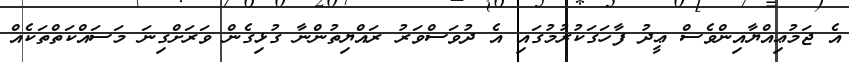
އެ ޖަމުޢިއްޔާއިންވެސް ޢީދު ފާހަގަކުރުމުގައި އެ ދުވަސްވަރު ރައްޔިތުންނާ ގުޅިގެން ވަރަށްގިނަ މަސައްކަތްތަކެއް